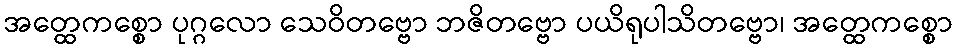
အတ္ထေကစ္စော ပုဂ္ဂလော သေဝိတဗ္ဗော ဘဇိတဗ္ဗော ပယိရုပါသိတဗ္ဗော၊ အတ္ထေကစ္စော